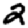
Digit: 2